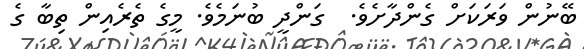
ބޭނުން ވަރަކަށް ގެންދާށެވެ.  ގަންދީ ބުނަމެވެ. މީގެ ތެރެއިން ތިބާ ގެ